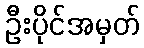
ဦးပိုင်အမှတ်